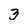
Character: 3